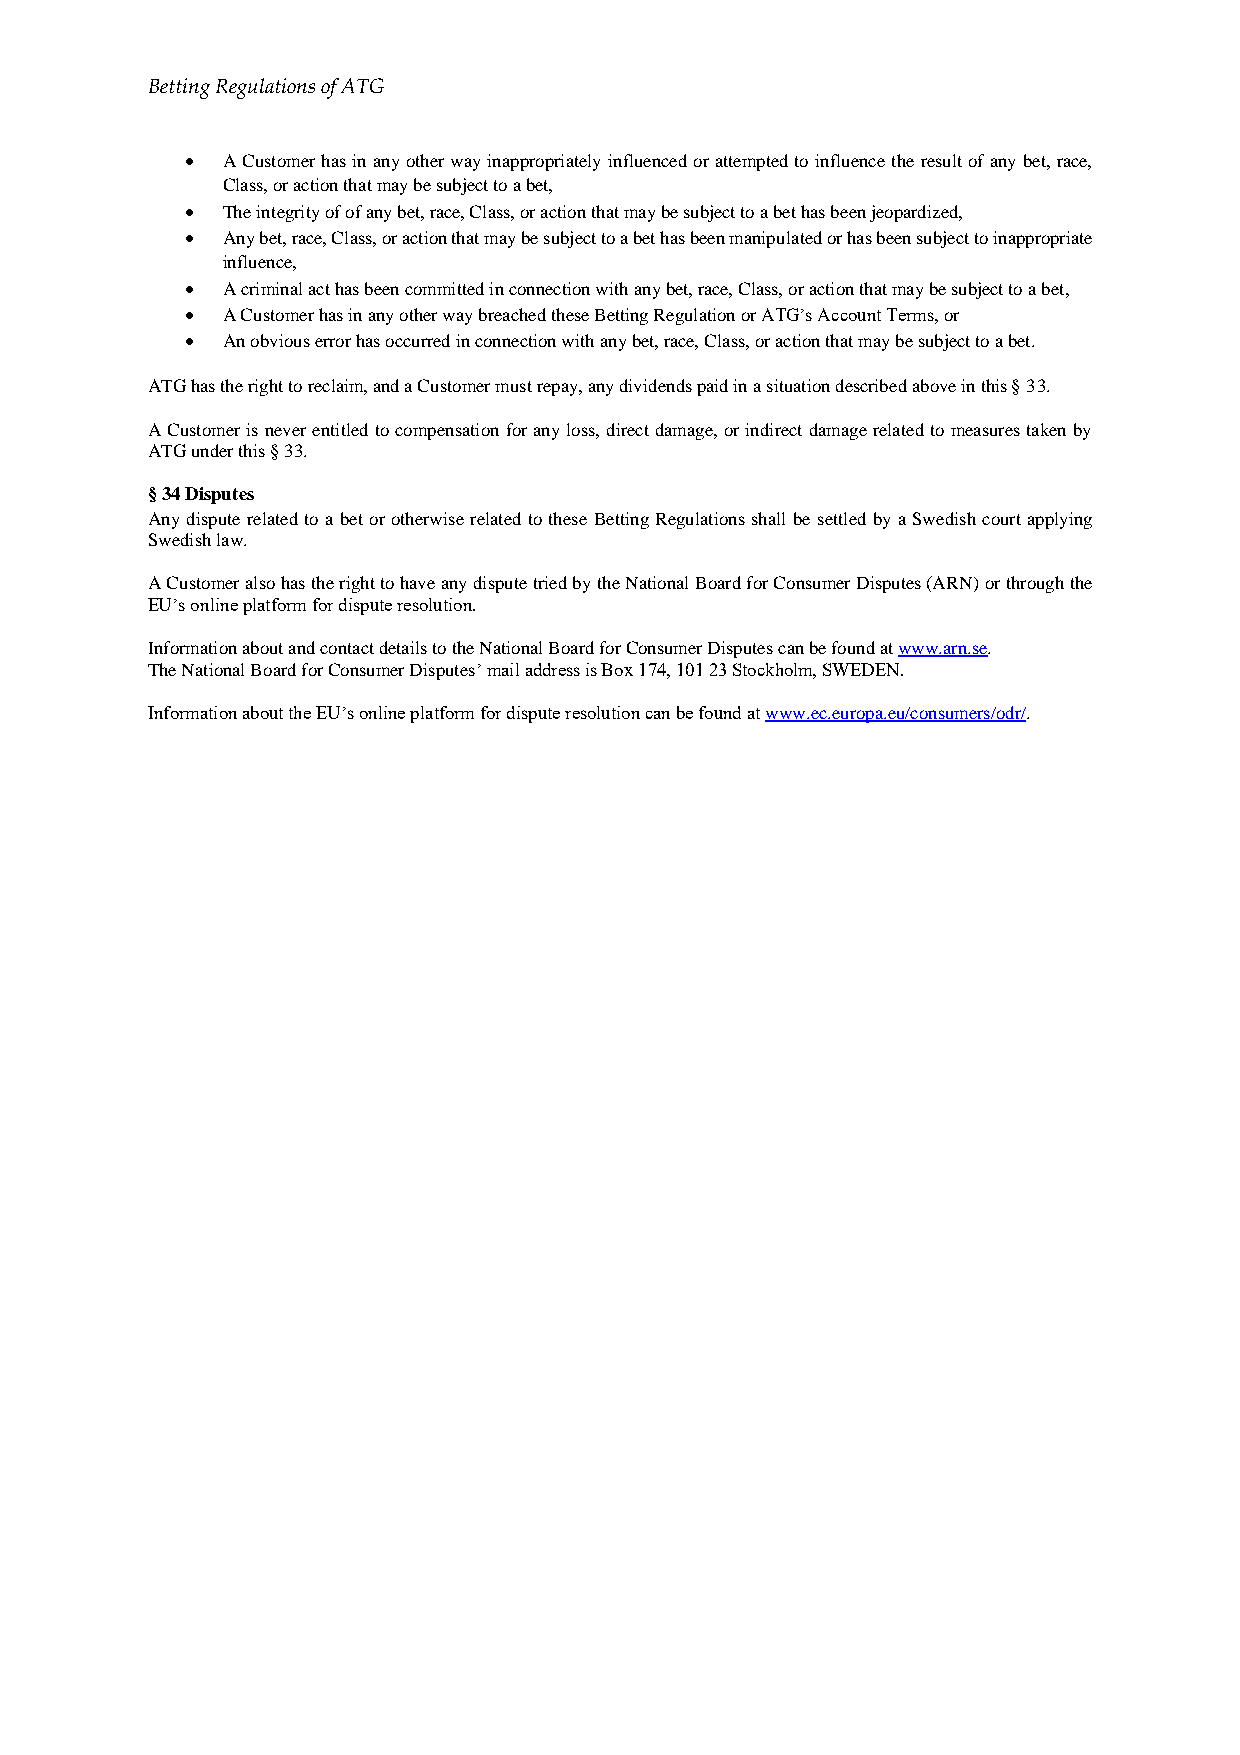
Betting Regulations of ATG
 •  A Customer has in any other way inappropriately influenced or attempted to influence the result of any bet, race,
 Class, or action that may be subject to a bet,
 •  The integrity of of any bet, race, Class, or action that may be subject to a bet has been jeopardized,
 •  Any bet, race, Class, or action that may be subject to a bet has been manipulated or has been subject to inappropriate
 influence,
 •  A criminal act has been committed in connection with any bet, race, Class, or action that may be subject to a bet,
 •  A Customer has in any other way breached these Betting Regulation or ATG’s Account Terms, or
 •  An obvious error has occurred in connection with any bet, race, Class, or action that may be subject to a bet.
 ATG has the right to reclaim, and a Customer must repay, any dividends paid in a situation described above in this § 33.
 A Customer is never entitled to compensation for any loss, direct damage, or indirect damage related to measures taken by
 ATG under this § 33.
 § 34 Disputes
 Any dispute related to a bet or otherwise related to these Betting Regulations shall be settled by a Swedish court applying
 Swedish law.
 A Customer also has the right to have any dispute tried by the National Board for Consumer Disputes (ARN) or through the
 EU’s online platform for dispute resolution.
 Information about and contact details to the National Board for Consumer Disputes can be found at www.arn.se.
 The National Board for Consumer Disputes’ mail address is Box 174, 101 23 Stockholm, SWEDEN.
 Information about the EU’s online platform for dispute resolution can be found at www.ec.europa.eu/consumers/odr/.